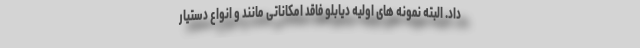
داد. البته نمونه های اولیه دیابلو فاقد امکاناتی مانند و انواع دستیار